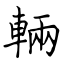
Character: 輛